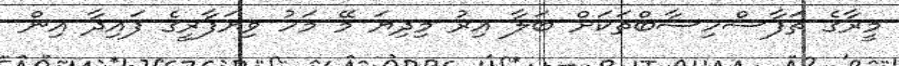
މީރާގެ ތަފާސްހިސާބްތަކަށް ބަލާ އިރު މިދިޔަ މޭ މަހު ވިޔަފާރީގެ ފައިދާ އިން